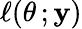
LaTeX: \ell(\theta\, ;\mathbf{y})